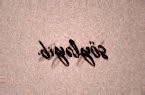
söyləyib.